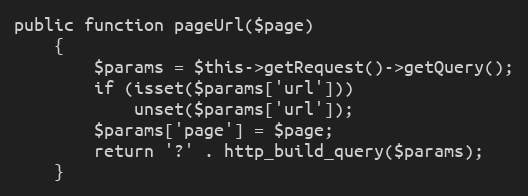
Language: PHP
public function pageUrl($page)
    {
        $params = $this->getRequest()->getQuery();
        if (isset($params['url']))
            unset($params['url']);
        $params['page'] = $page;
        return '?' . http_build_query($params);
    }